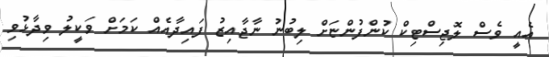
އެއީ ވެސް ލޮޖިސްޓިކް ކުންފުންޏަށް ލިބުނު ނާޖާއިޒު ފައިދާއެއް ކަމަށް ވަކީލު ވިދާޅުވި